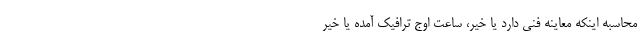
محاسبه اینکه معاینه فنی دارد یا خیر، ساعت اوج ترافیک آمده یا خیر